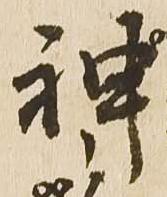
神